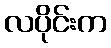
လပိုင်းက